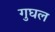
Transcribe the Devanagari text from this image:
गुघल